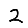
Digit: 2